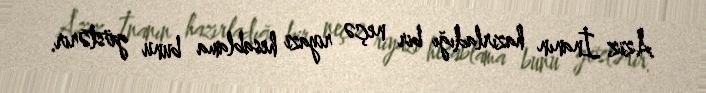
Aziz İnanın hazırladığı bir neçə riyazi hesablama bunu göstərir.